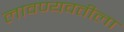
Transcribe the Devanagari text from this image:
लावण्यवतीला